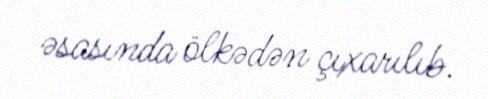
əsasında ölkədən çıxarılıb.